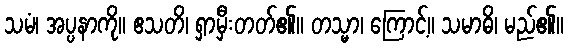
သမံ၊ အပ္ပနာကို။ ဧသတိ၊ ရှာမှီးတတ်၏။ တသ္မာ၊ ကြောင့်။ သမာဓိ၊ မည်၏။